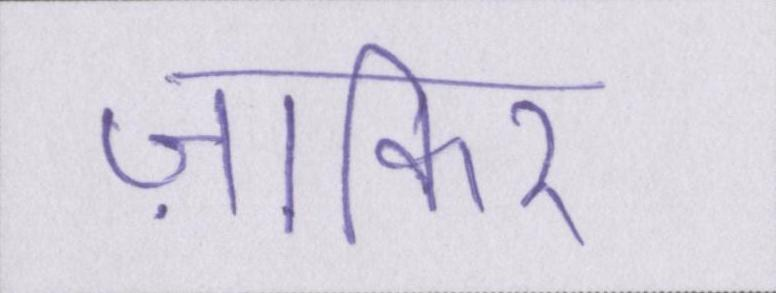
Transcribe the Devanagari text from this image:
ज़ाकिर